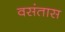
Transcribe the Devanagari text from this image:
वसंतास